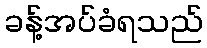
ခန့်အပ်ခံရသည်